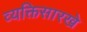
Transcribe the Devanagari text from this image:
व्यक्तिसारखे